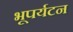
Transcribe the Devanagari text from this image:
भूपर्यटन